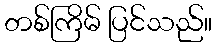
တစ်ကြိမ် ပြင်သည်။